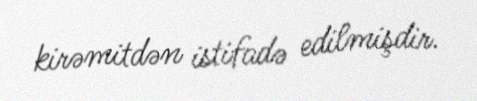
kirəmitdən istifadə edilmişdir.